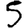
Digit: 5